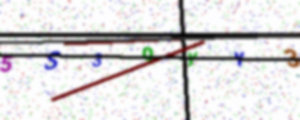
Text: 5S3QYY3